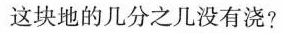
这块地的几分之几没有浇?